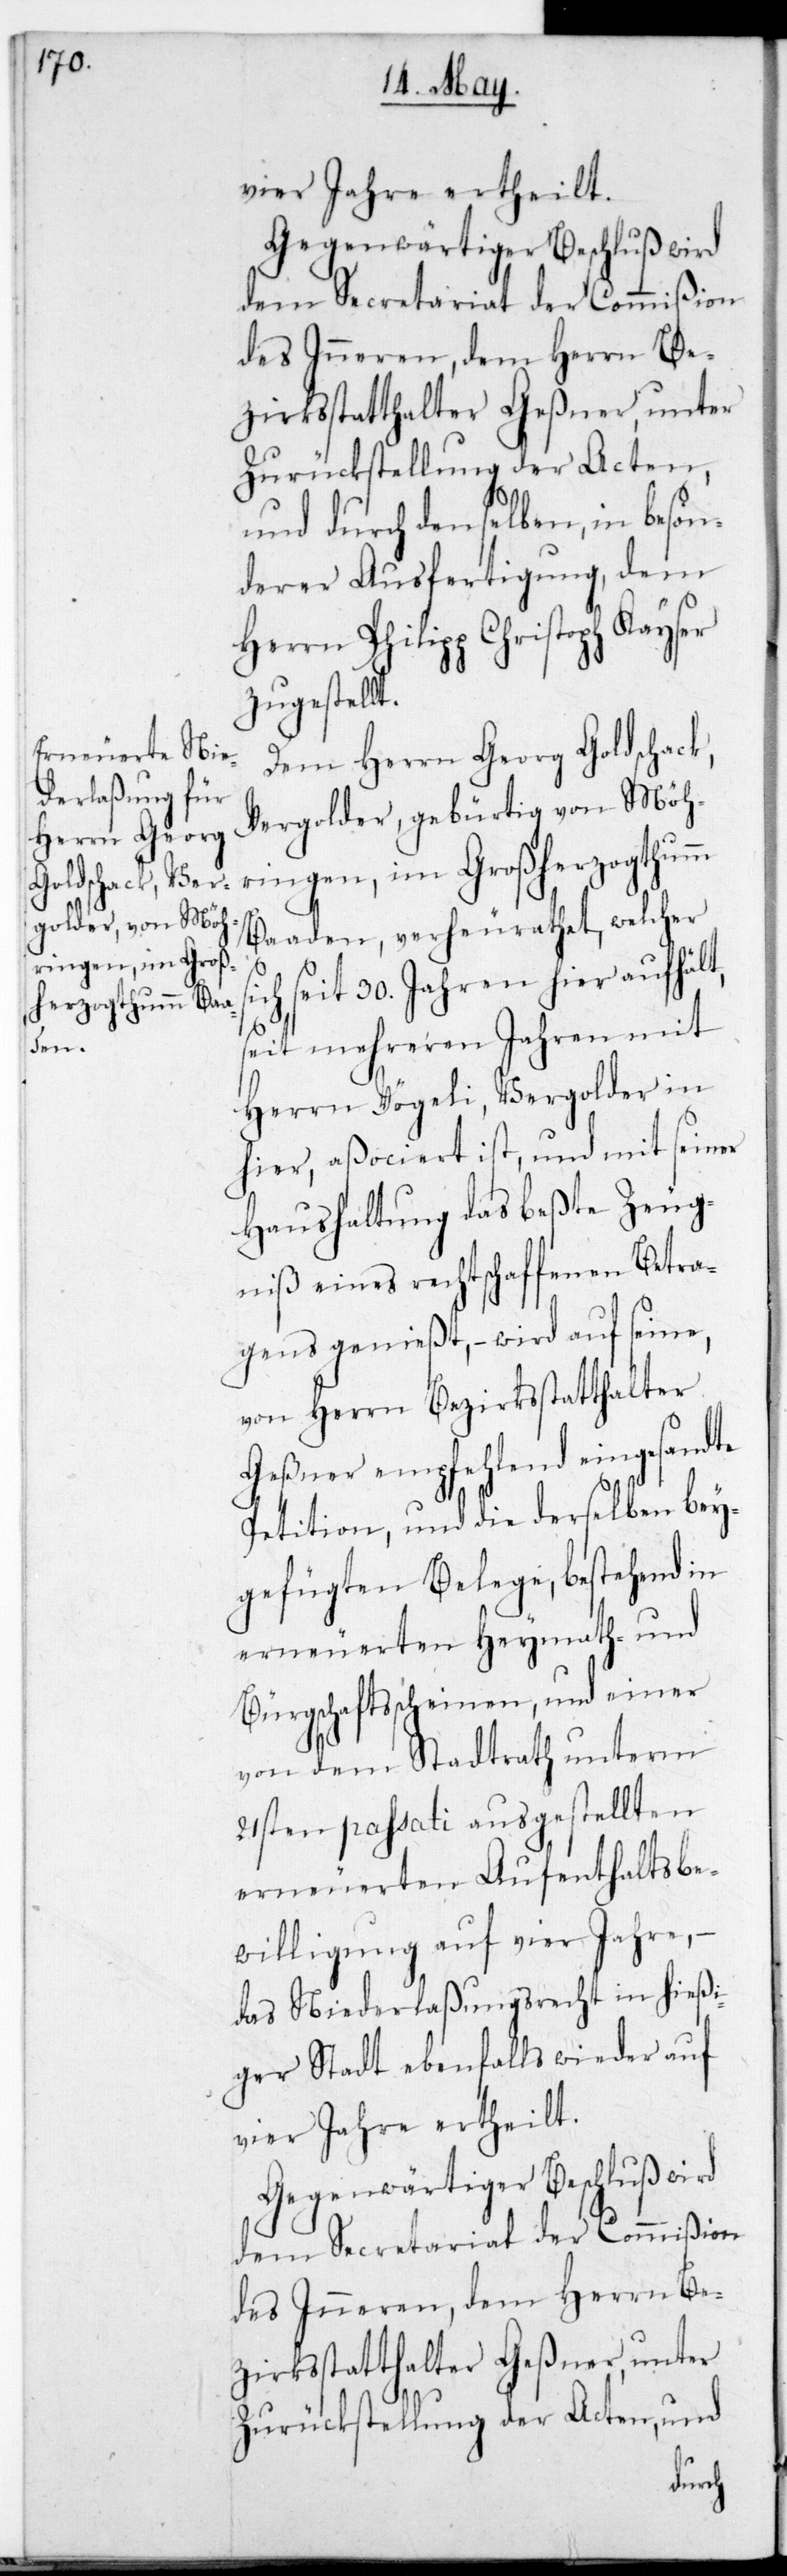
t.

vier Jahre ertheilt.
Gegenwärtiger Beschluß wird
dem Secretariat der Commißion
des Inneren, dem Herrn Be¬
zirksstatthalter Geßner, unter
Zurückstellung der Acten,
und durch denselben, in beson¬
derer Ausfertigung, dem
Herrn Philipp Christoph Kayser
zugestell¬
Dem Herrn Georg Goldschack,
Vergolder, gebürtig von Möh¬
ringen im Großherzogthum
Baaden, verheurathet, welcher
seit 30. Jahren hier aufhält,
seit mehreren Jahren mit
Herrn Vögeli, Vergolder in
hier, aßociiert ist, und mit seiner
Haushaltung das beßte Zeug¬
niß eines rechtschaffenen Betra¬
gens genießt, – wird auf seine,
von Herrn Bezirksstatthalter
Geßner empfehlend eingesandte
Petition, und die derselben bey¬
gefügten Belege, bestehend in
erneuereten Heymath- und
Bürgschaftßcheinen, und einer
von dem Stadtrath unterm
21sten passati ausgestellten
erneuereten Aufenthaltsbe¬
willigung auf vier Jahre,
das Niederlaßungsrecht in hießi¬
ger Stadt ebenfalls wieder auf
Zurückstellung der Acten, und